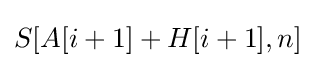
S[A[i+1]+H[i+1],n]